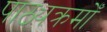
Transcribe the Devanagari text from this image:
पाठ्यक्रमोँ